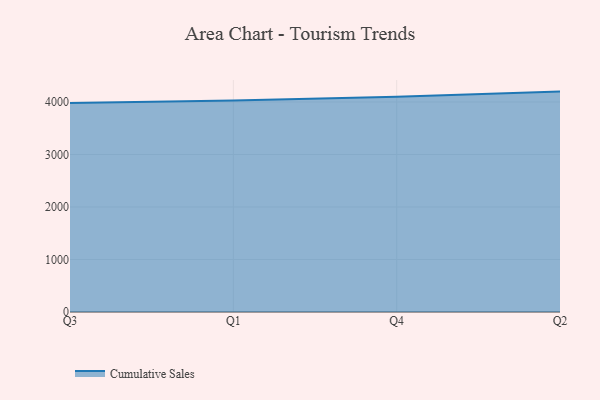
{"axis": {"x": "Quarter", "y": "Conversion Rate (%)"}, "legend": ["Cumulative Sales"], "data": [{"x": "Q3", "y": 3981.4, "type": "Cumulative Sales"}, {"x": "Q1", "y": 4026.8, "type": "Cumulative Sales"}, {"x": "Q4", "y": 4100.6, "type": "Cumulative Sales"}, {"x": "Q2", "y": 4198.5, "type": "Cumulative Sales"}]}